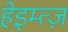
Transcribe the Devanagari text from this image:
हेइम्त्ज़